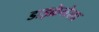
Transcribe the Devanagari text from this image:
डाइक्रेनेला